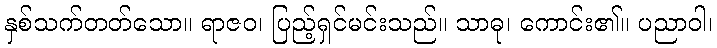
နှစ်သက်တတ်သော။ ရာဇဝ၊ ပြည့်ရှင်မင်းသည်။ သာဓု၊ ကောင်း၏။ ပညာဝါ၊